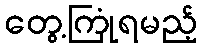
တွေ့ကြုံရမည့်